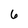
Character: 6